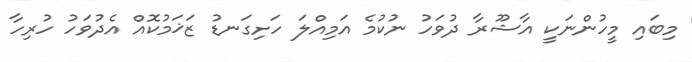
މިބައި މީހުންނަކީ އާޝޫރާ ދުވަހު ނުކުމެ އަމިއްލަ ހަށިގަނޑު ޒަޚަމުކޮއް އެދުވަހު ހުރިހާ